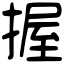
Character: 握